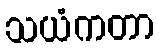
သယံကတာ